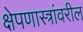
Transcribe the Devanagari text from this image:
क्षेपणास्त्रांवरील